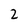
Character: 2